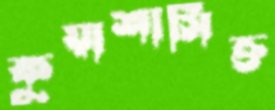
কুয়াশাসিক্ত